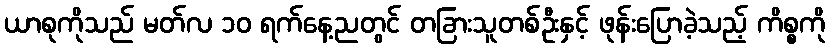
ယာစုကိုသည် မတ်လ ၁၀ ရက်နေ့ညတွင် တခြားသူတစ်ဦးနှင့် ဖုန်းပြောခဲ့သည့် ကိစ္စကို